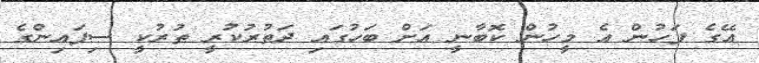
އޭގެ ފަހުން އެ މީހުން ކޮބާނީ އަށް ބަހުގައި ދަތުރުކުރީ ތުރުކީ ސިފައިންގެ